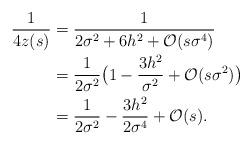
LaTeX: \begin{align*}\frac{1}{4z(s)}&=\frac{1}{2\sigma^2+6h^2+\mathcal{O}(s\sigma^4)}\\&=\frac{1}{2\sigma^2}\big(1-\frac{3h^2}{\sigma^2}+\mathcal{O}(s\sigma^2)\big)\\&=\frac{1}{2\sigma^2}-\frac{3h^2}{2\sigma^4}+\mathcal{O}(s).\end{align*}